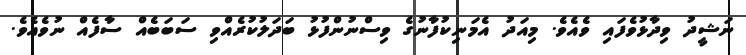
ނަޝީދު ވިދާޅުވެފައި ވެއެވެ. މިއަދު އެމަނިކުފާނުގެ ވިސްނުންފުޅު ބަދަލުކުރެއްވި ސަބަބެއް ސާފެއް ނުވެއެވެ.